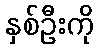
နှစ်ဦးကို